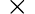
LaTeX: {}\times{}